Report of the Municipal Commissioner on the plague in Bombay for the year ending 31st May... - Volume 1
Disease focus: Plague
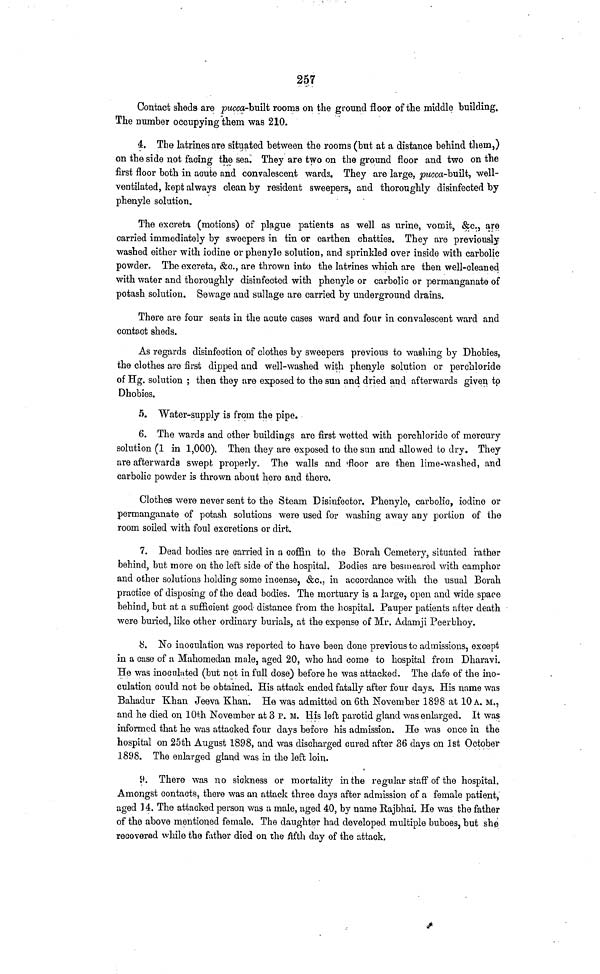
257
Contact sheds are pucca-built rooms on the ground floor of the middle building.
The number occupying them was 210.
4. The latrines are situated between the rooms (but at a distance behind them,)
on the side not facing the sea. They are two on the ground floor and two on the
first floor both in acute and convalescent wards. They are large, Pucca-built, well-
ventilated, kept always clean by resident sweepers, and thoroughly disinfected by
phenyle solution.
The excreta (motions) of plague patients as well as urine, vomit, &c., are
carried immediately by sweepers in tin or earthen chatties. They are previously
washed either with iodine or phenyle solution, and sprinkled over inside with carbolic
powder. The excreta, &c., are thrown into the latrines which are then well-cleaned
with water and thoroughly disinfected with phenyle or carbolic or permanganate of
potash solution. Sewage and sullage are carried by underground drains.
There are four seats in the acute cases ward and four in convalescent ward and
contact sheds.
As regards disinfection of clothes by sweepers previous to washing by Dhobies,
the clothes are first dipped and well-washed with phenyle solution or perchloride
of Hg. solution ; then they are exposed to the sun and dried and afterwards given tp
Dhobies.
5. Water-supply is from the pipe.
6. The wards and other buildings are first wetted with perchloride of mercury
solution (1 in 1,000). Then they are exposed to the sun and allowed to dry. They
are afterwards swept properly. The walls and floor are then lime-washed, and
carbolic powder is thrown about here and there.
Clothes were never sent to the Steam Disinfector. Phenyle, carbolic, iodine or
permanganate of potash solutions were used for washing away any portion of the
room soiled with foul excretions or dirt.
7. Dead bodies are carried in a coffin to the Borah Cemetery, situated rather
behind, but more on the left side of the hospital. Bodies are besmeared with camphor
and other solutions holding some incense, &c., in accordance with the usual Borah
practice of disposing of the dead bodies. The mortuary is a large, open and wide space
behind, but at a sufficient good distance from the hospital. Pauper patients after death
were buried, like other ordinary burials, at the expense of Mr. Adamji Peerbhoy.
8. No inoculation was reported to have been done previous to admissions, except
in a case of a Mahomedan male, aged 20, who had come to hospital from Dharavi.
He was inoculated (but not in full dose) before he was attacked. The date of the ino-
culation could not be obtained. His attack ended fatally after four days. His name was
Bahadur Khan Jeeva Khan. He was admitted on 6th November 1898 at 10 A. M.,
and he died on 10th November at 3 P. M. His left parotid gland was enlarged. It was
informed that he was attacked four days before his admission. He was once in the
hospital on 25th August 1898, and was discharged cured after 36 days on 1st October
1898. The enlarged gland was in the left loin.
9. There was no sickness or mortality in the regular staff of the hospital.
Amongst contacts, there was an attack three days after admission of a female patient,
aged ] 4. The attacked person was a male, aged 40, by name Rajbhai. He was the father
of the above mentioned female. The daughter had developed multiple buboes, but she
recovered while the father died on the fifth day of the attack.